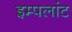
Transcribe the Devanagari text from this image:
इम्पलांट